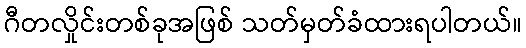
ဂီတလှိုင်းတစ်ခုအဖြစ် သတ်မှတ်ခံထားရပါတယ်။